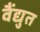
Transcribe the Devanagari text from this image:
वैंद्युत